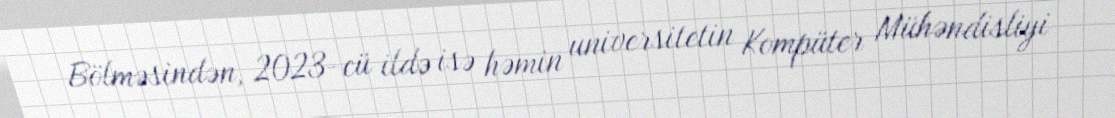
Bölməsindən, 2023-cü ildə isə həmin universitetin Kompüter Mühəndisliyi